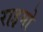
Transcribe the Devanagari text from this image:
राइमो